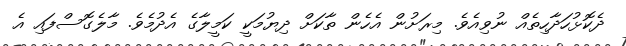
ދެކޮޅުހަދާހިތެއް ނުވިއެވެ. މިރަށުން އެހެން ތާކަށް ދިޔުމަކީ ކަމީލާގެ އެދުމެވެ. މާލެގޮސްފައި އެ